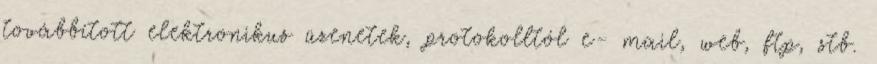
továbbított elektronikus üzenetek, protokolltól e- mail, web, ftp, stb.